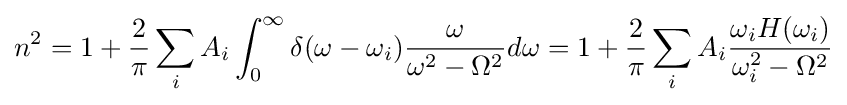
n^{2}=1+{\frac {2}{\pi }}\sum _{i}A_{i}\int _{0}^{\infty }\delta (\omega -\omega _{i}){\frac {\omega }{\omega ^{2}-\Omega ^{2}}}d\omega =1+{\frac {2}{\pi }}\sum _{i}A_{i}{\frac {\omega _{i}H(\omega _{i})}{\omega _{i}^{2}-\Omega ^{2}}}